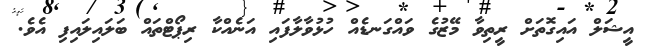
އީޝަލް އައިގޮތަށް ރީތިވާ މޭޒުގެ ވައްގަނޑެއް ހުޅުވާލާފައި އަނެއްކާ ރިޕޯޓްތައް ބަލައިލައިފި އެވެ.